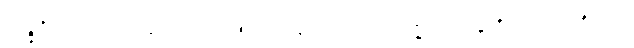
သဉ္ဇဂ္ဃိတောယထာ၊ ရှေးက ပြင်းစွာရယ်မြူးသကဲ့သို့။ အဇ္ဇာပိ၊ ယခုကိုးကွယ်ရာ ရှိသော